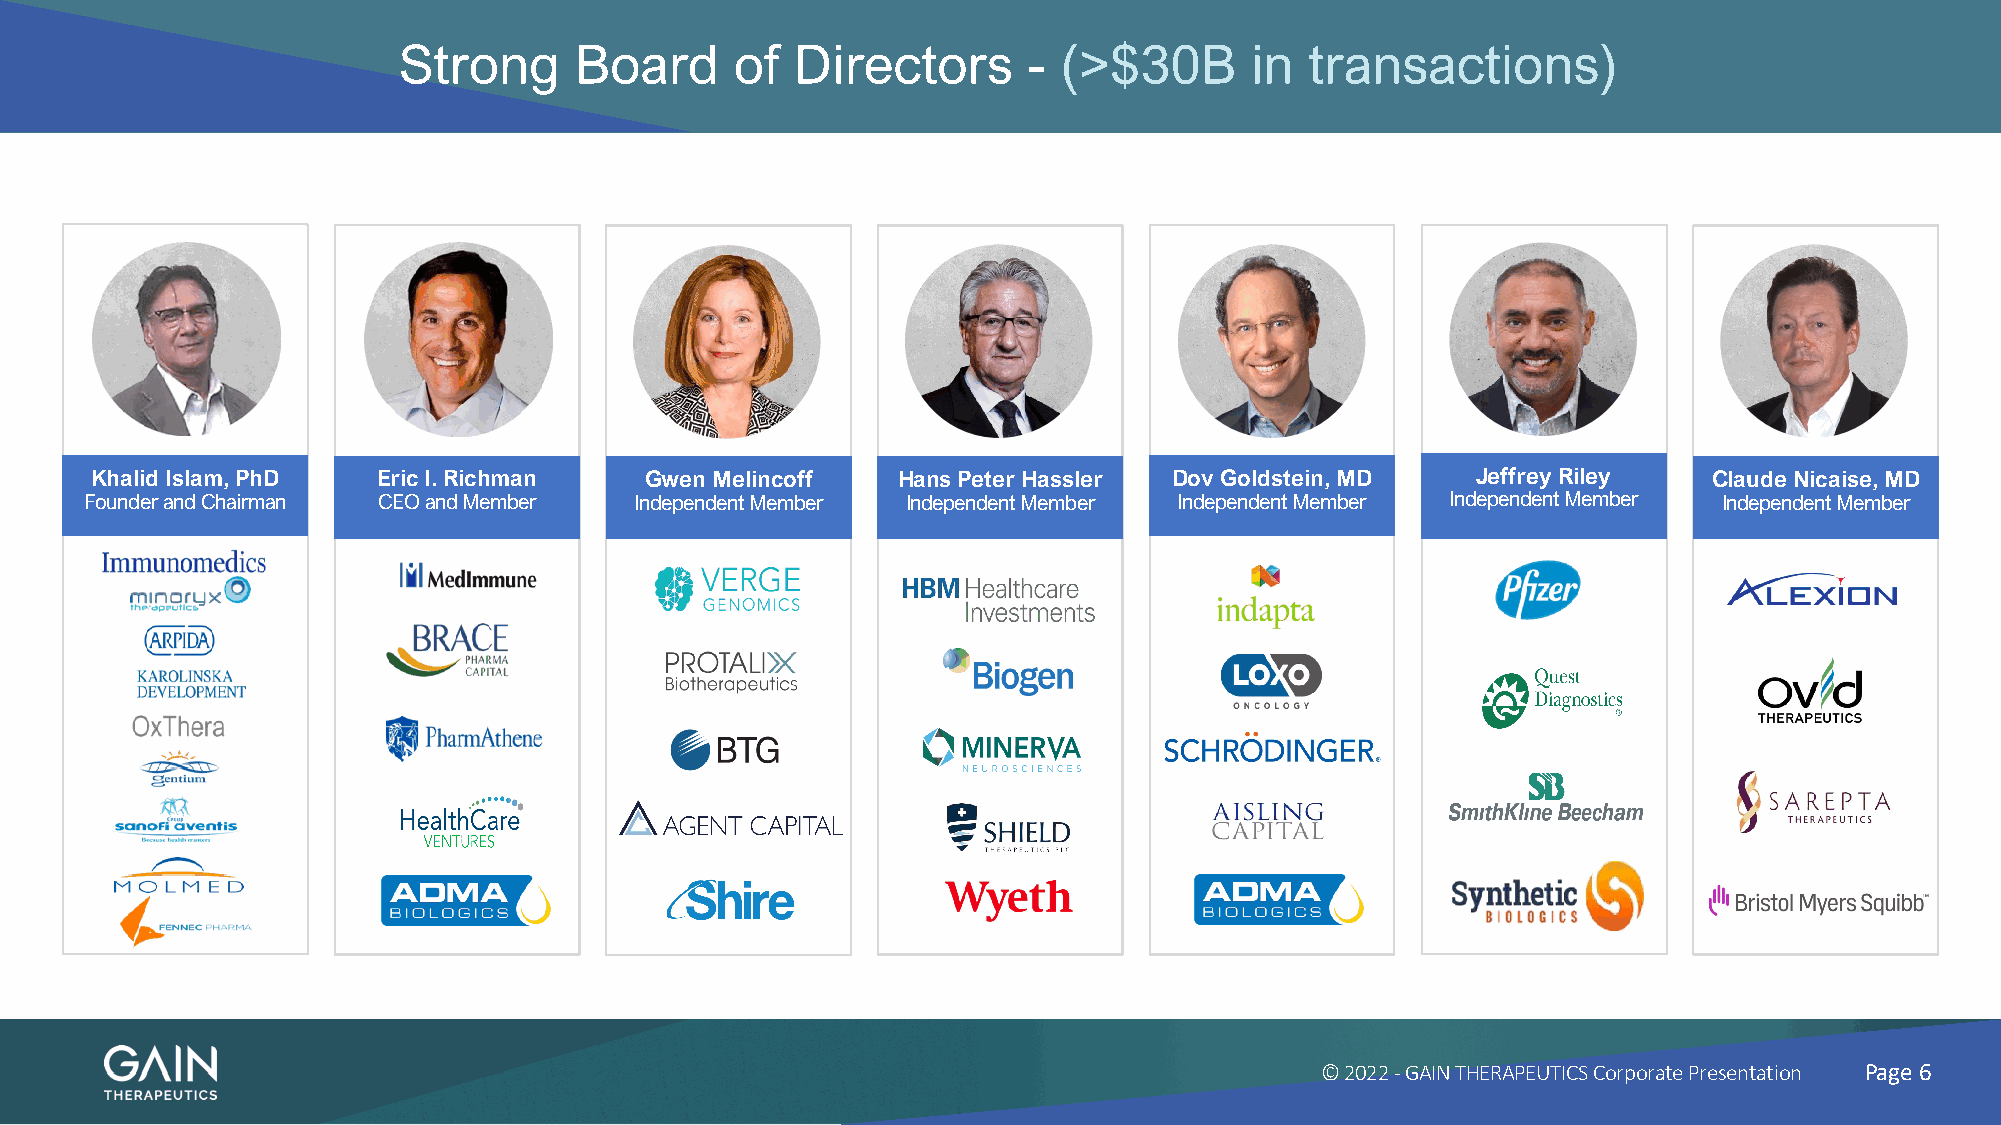
Strong      Board      of  Directors      - (>$30B       in  transactions)
 Khalid Islam, PhD  Eric I. Richman   Gwen Melincoff  Hans Peter Hassler Dov Goldstein, MD   Jeffrey Riley  Claude Nicaise, MD
 Founder and Chairman CEO and Member Independent Member Independent Member Independent Member Independent Member Independent Member
 © 2022 -GAIN THERAPEUTICS Corporate Presentation Page 6